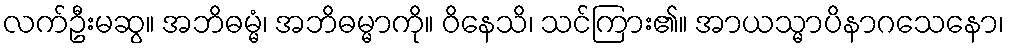
လက်ဦးမဆွ။ အဘိဓမ္မံ၊ အဘိဓမ္မာကို။ ဝိနေသိ၊ သင်ကြား၏။ အာယသ္မာပိနာဂသေနော၊